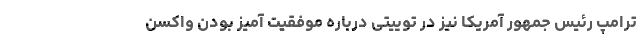
ترامپ رئیس جمهور آمریکا نیز در توییتی درباره موفقیت آمیز بودن واکسن